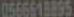
0566618895